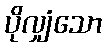
ပိုလျှံသော